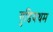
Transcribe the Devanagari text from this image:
गुडियथम